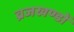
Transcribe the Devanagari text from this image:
व्रजखण्डों